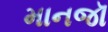
માનજૉ